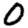
Digit: 0